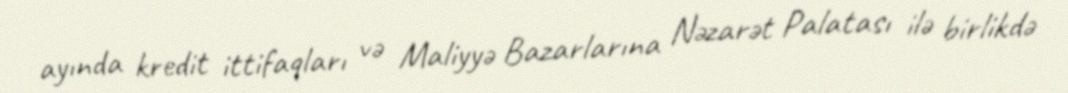
ayında kredit ittifaqları və Maliyyə Bazarlarına Nəzarət Palatası ilə birlikdə